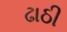
ઢાઠી